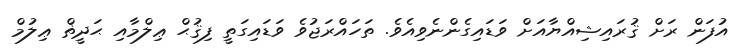
އުފަން ރަށް ޤުރައިޝިއްޔާއަށް ވަޑައިގެންނެވިއެވެ. ތަހައްރަޖުވެ ވަޑައިގަތީ ފިޤުޙް ޢިލްމާއި ޙަދީޡް ޢިލުމް